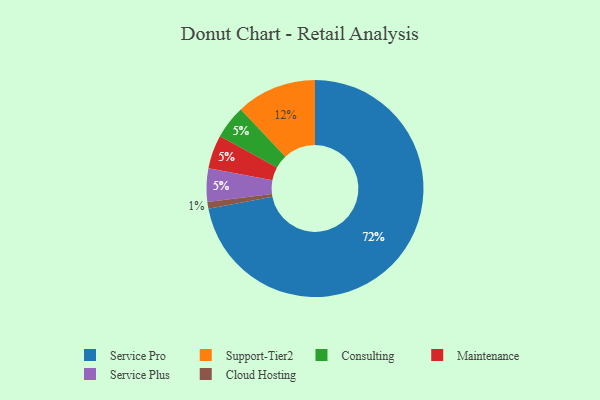
{"axis": {"x": "Category", "y": "Percentage"}, "legend": ["Cloud Hosting", "Consulting", "Maintenance", "Service Plus", "Service Pro", "Support-Tier2"], "data": [{"x": "Support-Tier2", "y": 12, "type": "Support-Tier2"}, {"x": "Service Pro", "y": 72, "type": "Service Pro"}, {"x": "Consulting", "y": 5, "type": "Consulting"}, {"x": "Cloud Hosting", "y": 1, "type": "Cloud Hosting"}, {"x": "Maintenance", "y": 5, "type": "Maintenance"}, {"x": "Service Plus", "y": 5, "type": "Service Plus"}]}